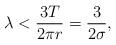
LaTeX: \begin{align*}\lambda < \frac{3T}{2 \pi r} = \frac{3}{2 \sigma},\end{align*}